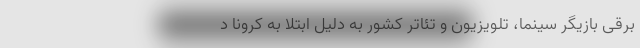
برقی بازیگر سینما، تلویزیون و تئاتر کشور به دلیل ابتلا به کرونا د